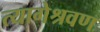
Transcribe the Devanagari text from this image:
त्यागेश्रवण